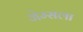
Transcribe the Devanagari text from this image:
जेम्सला